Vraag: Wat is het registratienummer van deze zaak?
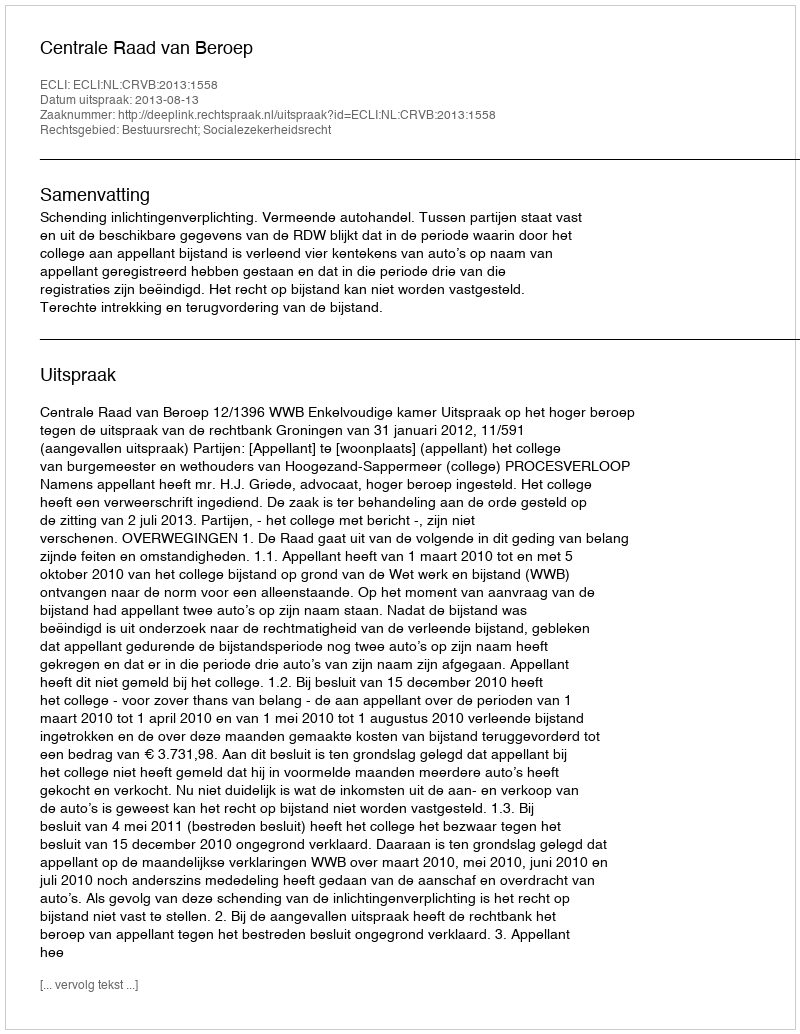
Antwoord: http://deeplink.rechtspraak.nl/uitspraak?id=ECLI:NL:CRVB:2013:1558